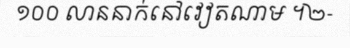
១០០ លាននាក់នៅវៀតណាម ។២-